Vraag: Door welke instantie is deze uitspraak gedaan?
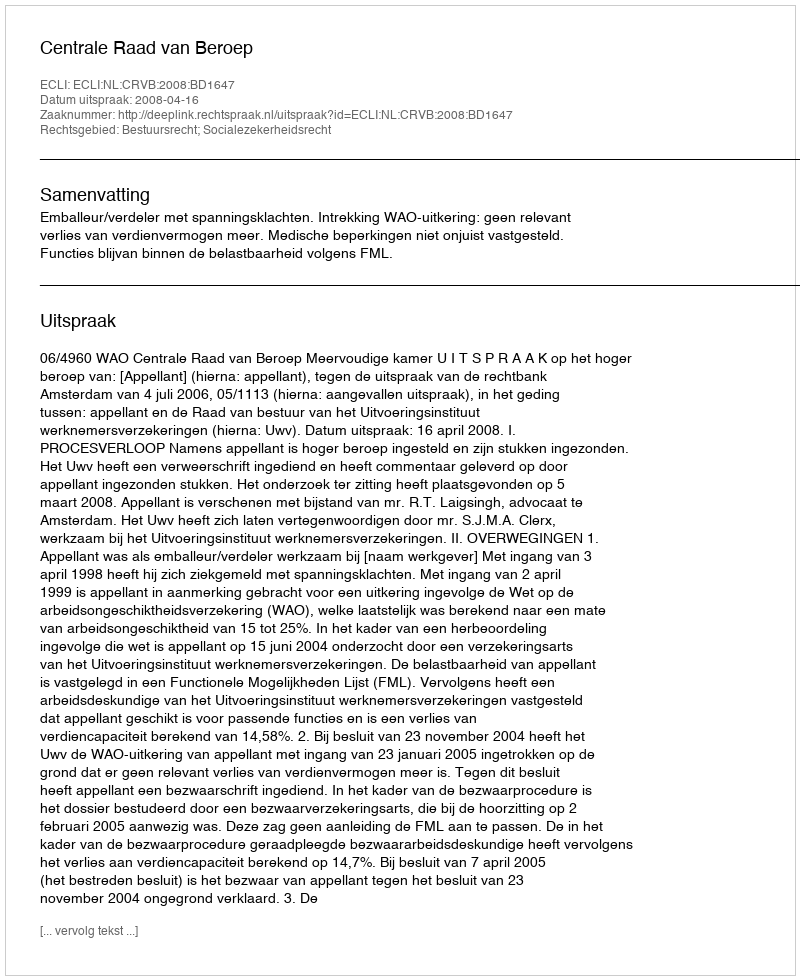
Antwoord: Centrale Raad van Beroep